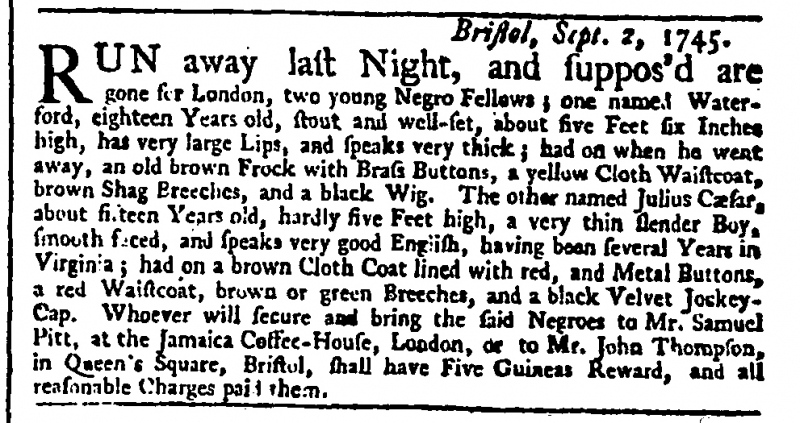
Daily Advertiser, 7 September 1745 (England)
                             Bristol, Sept. 2, 1745.RUN away last Night, and suppos’d are gone for London, two young Negro Fellows; one named Waterford, eighteen Years old, stout and well-set, about five Feet six Inches high, has very large Lips, and speaks very thick; had on when he went away, an old brown Frock with Brass Buttons, a yellow Cloth Waistcoat, brown Shag Breeches, and a black Wig. The other named Julius Cæsar, about fifteen Years old, hardly five Feet high, a very thin slender Boy, smooth faced, and speaks very good English, having been several Years in Virginia; had on a brown Cloth Coat lined with red, and Metal Buttons, a red Waistcoat, brown or green Breeches, and a black Velvet Jockey-Cap. Whoever will secure and bring the said Negroes to Mr. Samuel Pitt, at the Jamaica Coffee-House, London, or to Mr. John Thompson, in Queen’s Square, Bristol, shall have Five Guineas Reward, and all reasonable Charges paid them.